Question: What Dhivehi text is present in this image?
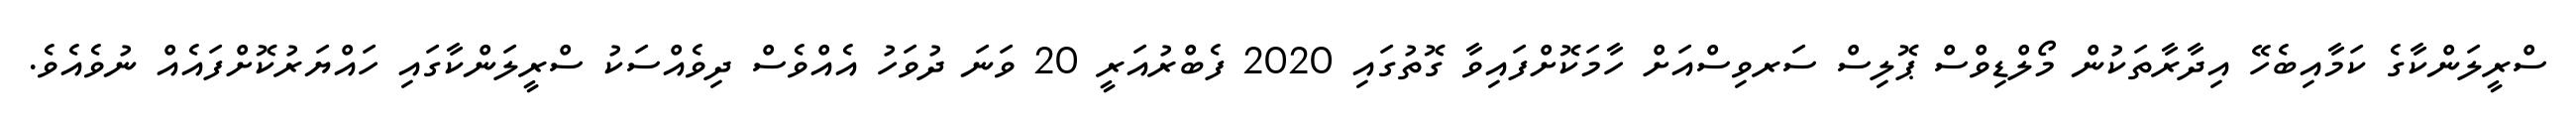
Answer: ސްރީލަންކާގެ ކަމާއިބެހޭ އިދާރާތަކުން މޯލްޑިވްސް ޕޮލިސް ސަރވިސްއަށް ހާމަކޮށްފައިވާ ގޮތުގައި 2020 ފެބްރުއަރީ 20 ވަނަ ދުވަހު އެއްވެސް ދިވެއްސަކު ސްރީލަންކާގައި ހައްޔަރުކޮށްފައެއް ނުވެއެވެ.